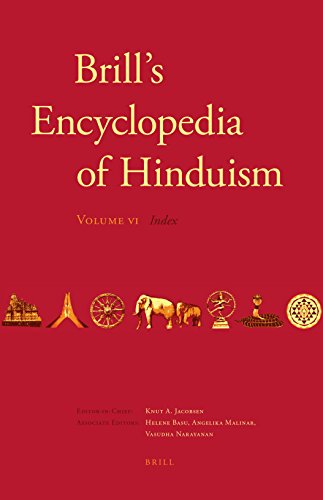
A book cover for Brill's Encyclopedia of Hinduism. Volume Six: Indices (Handbook of Oriental Studies. Section 2 South Asia / Brill's); Religion & Spirituality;